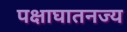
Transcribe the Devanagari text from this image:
पक्षाघातनज्य